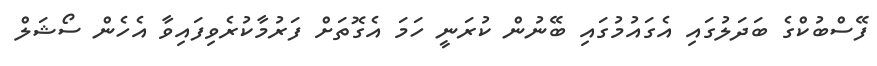
ފޭސްބުކްގެ ބަދަލުގައި އެގައުމުގައި ބޭނުން ކުރަނީ ހަމަ އެގޮތަށް ފަރުމާކުރެވިފައިވާ އެހެން ސޯޝަލް